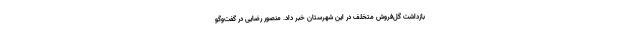
بازداشت گل‌فروش متخلف در این شهرستان خبر داد. منصور رضایی در گفت‌وگو